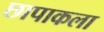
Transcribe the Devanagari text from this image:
छापाकला